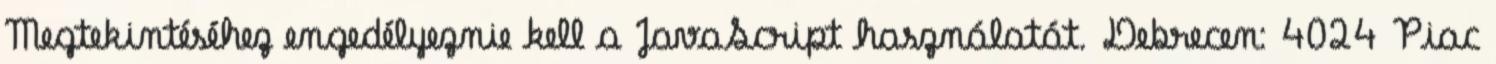
Megtekintéséhez engedélyeznie kell a JavaScript használatát. Debrecen: 4024 Piac